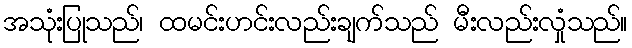
အသုံးပြုသည်၊ ထမင်းဟင်းလည်းချက်သည် မီးလည်းလှုံသည်။